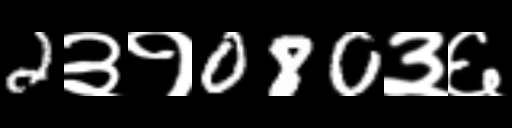
Text: 2३१080३६